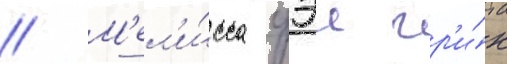
// М'ел'и́сса фэи гр'и́н